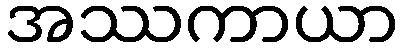
အဿကာယာ